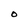
Character: O